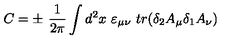
C = \pm \ { \frac { 1 } { 2 \pi } } \int d ^ { 2 } x \ \varepsilon _ { \mu \nu } \ t r ( \delta _ { 2 } A _ { \mu } \delta _ { 1 } A _ { \nu } )